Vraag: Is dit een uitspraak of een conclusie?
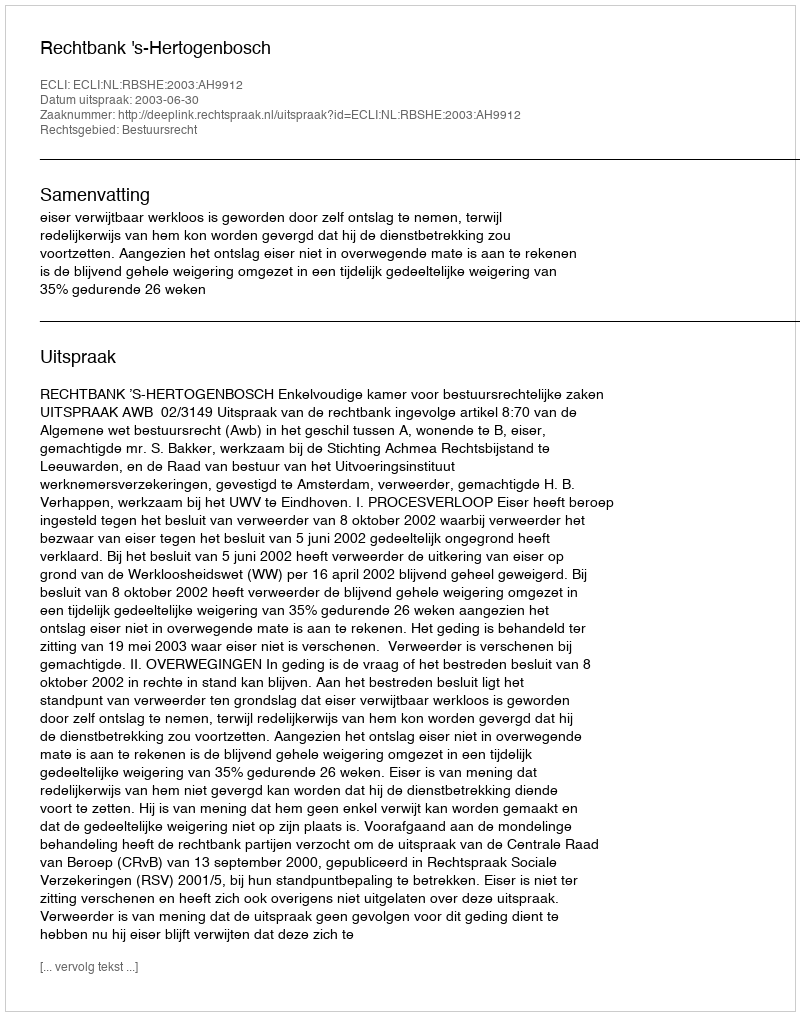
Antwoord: Uitspraak